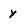
Character: y